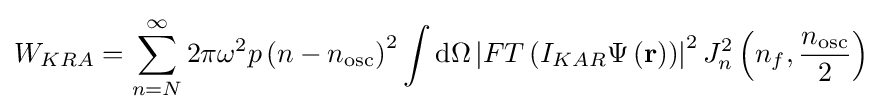
W_{KRA}=\sum _{n=N}^{\infty }2\pi \omega ^{2}p\left(n-n_{\mathrm {osc} }\right)^{2}\int \mathrm {d} \Omega \left|FT\left(I_{KAR}\Psi \left(\mathbf {r} \right)\right)\right|^{2}J_{n}^{2}\left(n_{f},{\frac {n_{\mathrm {osc} }}{2}}\right)